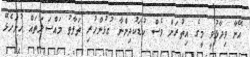
އޭނާ ވިދާޅުވީ މީގެ އިތުރަށް ވެސް ކުޑަކުދިންނާ ގުޅުންހުރި ތަފާތު މައްސަލަތައް ހުށަހެޅޭ